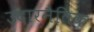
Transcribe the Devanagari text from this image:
उदारनैतिक